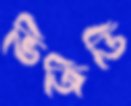
ভিজিডি